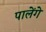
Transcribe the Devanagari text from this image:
पालेंगे